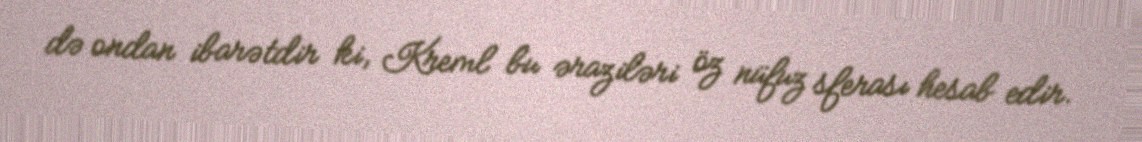
də ondan ibarətdir ki, Kreml bu əraziləri öz nüfuz sferası hesab edir.